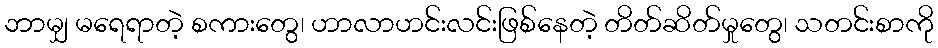
ဘာမျှ မရေရာတဲ့ စကားတွေ၊ ဟာလာဟင်းလင်းဖြစ်နေတဲ့ တိတ်ဆိတ်မှုတွေ၊ သတင်းစာကို